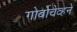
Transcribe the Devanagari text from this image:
गोर्बोचेव्हने